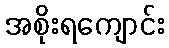
အစိုးရကျောင်း